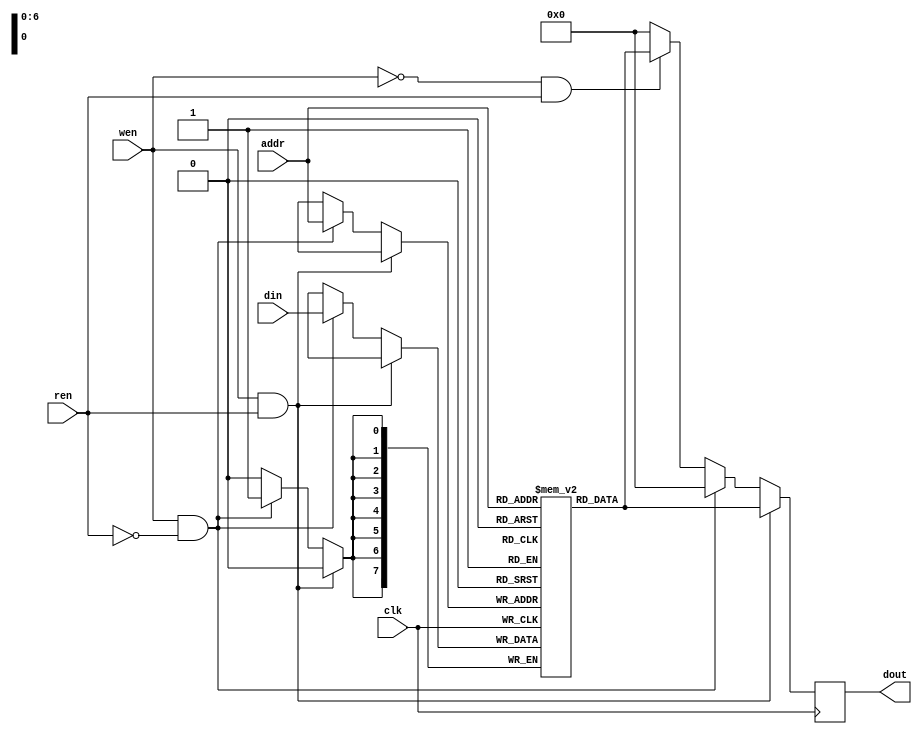
`timescale 1ns/1ps

module Memory (clk, ren, wen, addr, din, dout);
input clk;
input ren, wen;
input [6:0] addr;
input [7:0] din;
output [7:0] dout;

reg [7:0] memory [127:0];
reg [7:0] dout;
reg count;

always @(posedge clk) begin

    if(wen == 1'b1 && ren == 1'b1) begin
        dout[7:0] <= memory[addr];
    end
    else if(wen == 1'b1 && ren == 1'b0) begin
        memory[addr] <= din[7:0];
        dout[7:0] <= 8'b00000000;
    end
    else if(wen == 1'b0 && ren == 1'b1) begin
        dout[7:0] <= memory[addr];
    end
    else begin
        dout[7:0] <= 8'b00000000;
    end

end

endmodule